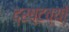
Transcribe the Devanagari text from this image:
द्रष्टव्यों